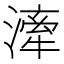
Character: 𣽲